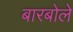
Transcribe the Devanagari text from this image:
बारबोले